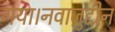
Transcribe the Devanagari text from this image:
गया।नवाज़ुद्दीन